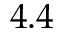
4 . 4